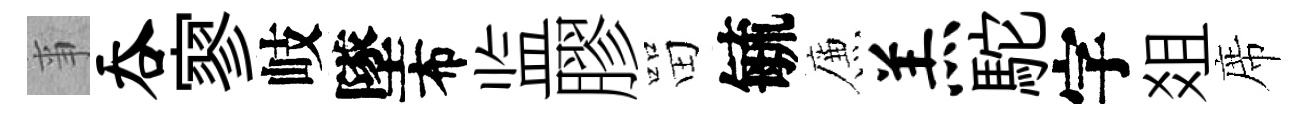
亊吞寥岐墜布监膠㽞毓簾羔駝字爼席